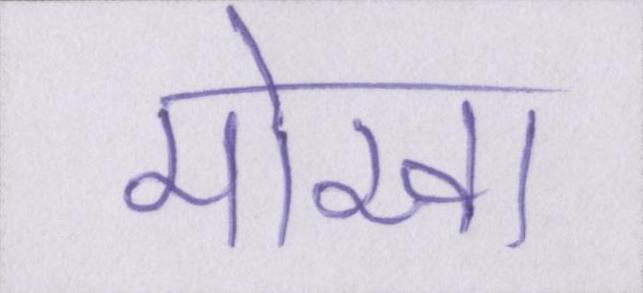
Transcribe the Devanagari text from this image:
मोखा